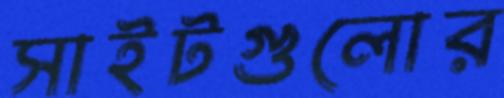
সাইটগুলোর